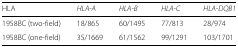
<table><thead><tr><td><b>HLA</b></td><td><b><i>HLA-A</i></b></td><td><b><i>HLA-B</i></b></td><td><b><i>HLA-C</i></b></td><td><b><i>HLA-DQB1</i></b></td></tr></thead><tbody><tr><td>1958BC (two-field)</td><td>18/865</td><td>60/1495</td><td>77/813</td><td>28/974</td></tr><tr><td>1958BC (one-field)</td><td>35/1669</td><td>61/1562</td><td>99/1291</td><td>103/1701</td></tr></tbody></table>